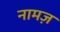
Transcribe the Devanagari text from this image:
नामज़